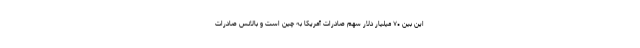
این بین ۷۰ میلیار دلار سهم صادرات آمریکا به چین است و بالانس صادرات